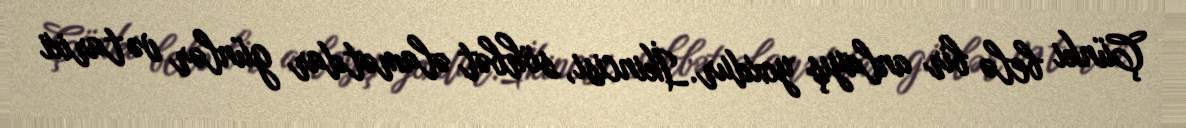
Çünki belə bir anlayış yoxdur.İkincisi, söhbət əlamətdar günlər və tarixi